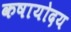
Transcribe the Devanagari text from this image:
कषायोदय